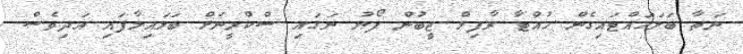
ނަތާ ބަލަހައްޓައިގެން ހުއްޓާ ރާފިލް ޖީބުން ފޯނު ނަގައި ސްކްރީނަށް ބަލައިލާފައި އަދިވެސް